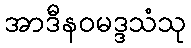
အာဒီနဝမဒ္ဒသံသု